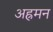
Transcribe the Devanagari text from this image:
अह्रमन